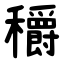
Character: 穱